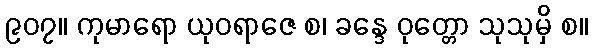
၉၀၇။ ကုမာရော ယုဝရာဇေ စ၊ ခန္ဒေ ဝုတ္တော သုသုမှိ စ။